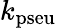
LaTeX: k_{\mathrm{pseu}}